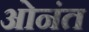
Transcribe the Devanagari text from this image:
ओनंत